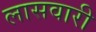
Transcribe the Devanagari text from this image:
लासवारी